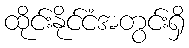
ထိုင်းနိုင်ငံအတွင်းရှိ